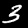
Label: 3